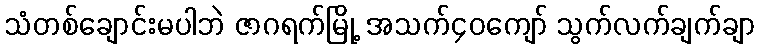
သံတစ်ချောင်းမပါဘဲ ဇာဂရက်မြို့ အသက်၄၀ကျော် သွက်လက်ချက်ချာ